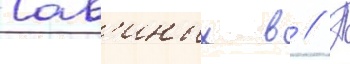
Сав'иных в // П